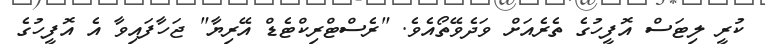
ކުރީ ލިޓަސް އޮފީހުގެ ތެރެއަށް ވަދެވޭތޯއެވެ. "ރެސްޓްރިކްޓެޑް އޭރިޔާ" ޖަހާފައިވާ އެ އޮފީހުގެ